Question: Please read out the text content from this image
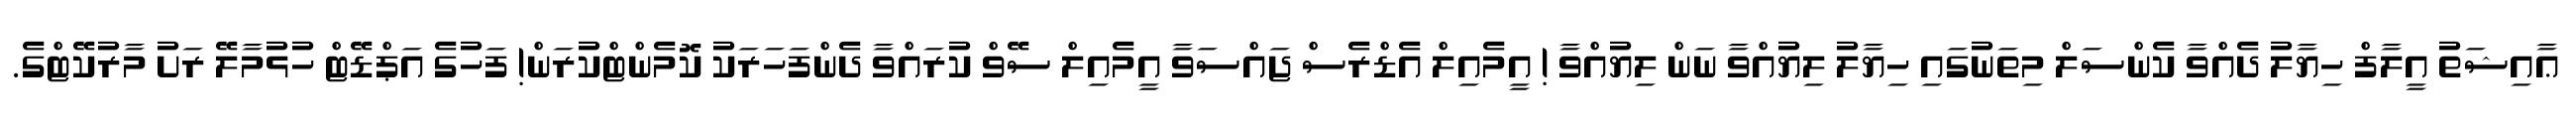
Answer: ޢާއިޝަތު އީލާފް ހިޔާލު ދެއްވާ ކެންސަލް މިތަނުގައި ހިޔާލު ލިޔުއްވާ ނަން ލިޔުއްވާ ! އީމެއިލް އެޑްރެސް ޖައްސަވާ އީމެއިލް ސޭވް ކުރައްވާ ދެންފަހަރަކު ކޮމެންޓްކުރަން! ފަހުގެ އަޕްޑޭޓް ހުޅުމާލޭ ރަށު މާރުކޭޓްގެ.